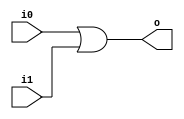
module hardcaml_lib_or #(parameter b=1) 
(
    input [b-1:0] i0,
    input [b-1:0] i1,
    output [b-1:0] o
);
    assign o = i0 | i1;
endmodule